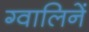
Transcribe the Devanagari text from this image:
ग्वालिनें